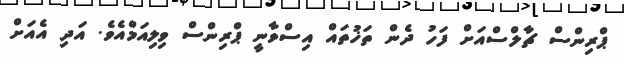
ޕްރިންސް ޗާލްސްއަށް ފަހު ދެން ތަޚުތައް އިސްވާނީ ޕްރިންސް ވިލިއަމްއެވެ. އަދި އެއަށް